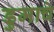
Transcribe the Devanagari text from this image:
डुमाचे